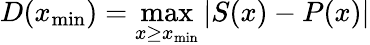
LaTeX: D(x_{\mathrm{min}})=\operatorname*{max}_{x\ge x_{\mathrm{min}}}|S(x)-P(x)|